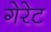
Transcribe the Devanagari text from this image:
गेरेट